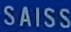
SAISS